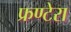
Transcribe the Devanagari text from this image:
फ्रण्टेरा